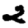
Digit: 2